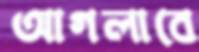
আগলাবে